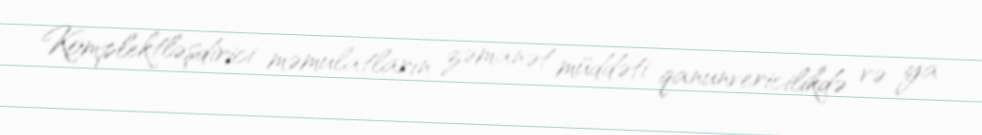
Komplektləşdirici məmulatların zəmanət müddəti qanunvericilikdə və ya